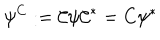
LaTeX: \psi ^ { C } : = \mathcal { C } \psi \mathcal { C } ^ { * } = C \psi ^ { * }